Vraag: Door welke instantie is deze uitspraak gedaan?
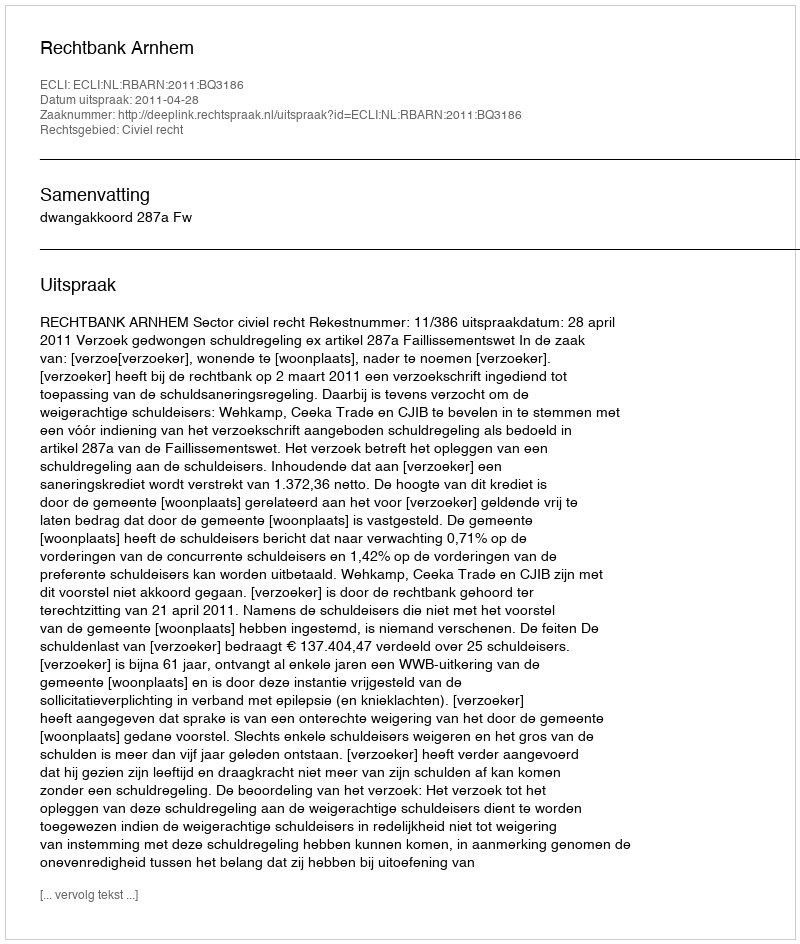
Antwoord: Rechtbank Arnhem